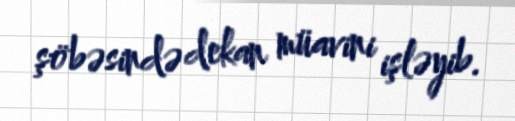
şöbəsində dekan müavini işləyib.